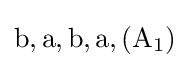
\mathrm {b,a,b,a,(A_{1})}